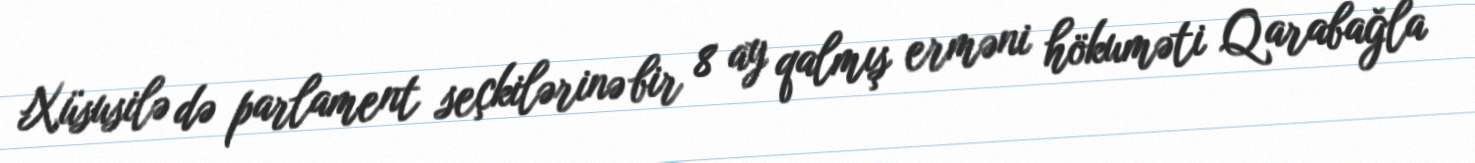
Xüsusilə də parlament seçkilərinə bir 8 ay qalmış erməni hökuməti Qarabağla